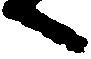
へ